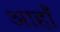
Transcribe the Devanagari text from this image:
आहाँ